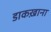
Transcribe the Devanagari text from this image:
डाकख़ाना